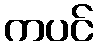
ကပင်